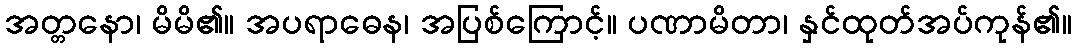
အတ္တနော၊ မိမိ၏။ အပရာဓေန၊ အပြစ်ကြောင့်။ ပဏာမိတာ၊ နှင်ထုတ်အပ်ကုန်၏။